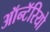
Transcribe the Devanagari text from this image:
ऑन्टॅरियो